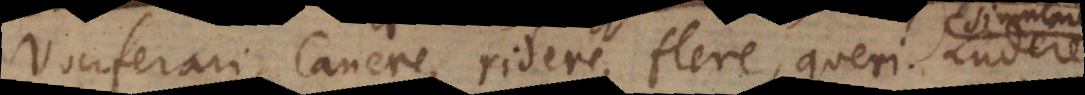
Vociferari, canere, ridere, flere, queri. Ludere,